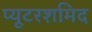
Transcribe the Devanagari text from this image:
प्यूटरशमिद